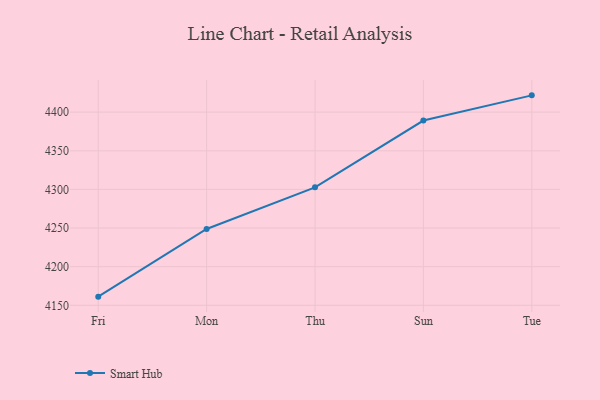
{"axis": {"x": "Day", "y": "Customer Acquisition Cost (USD)"}, "legend": ["Smart Hub"], "data": [{"x": "Fri", "y": 4161.2, "type": "Smart Hub"}, {"x": "Mon", "y": 4248.8, "type": "Smart Hub"}, {"x": "Thu", "y": 4302.7, "type": "Smart Hub"}, {"x": "Sun", "y": 4389.1, "type": "Smart Hub"}, {"x": "Tue", "y": 4421.7, "type": "Smart Hub"}]}